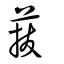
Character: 菝